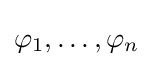
\varphi _{1},\ldots ,\varphi _{n}